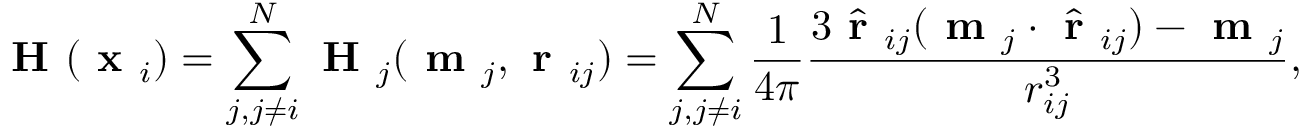
\begin{array} { r } { \textbf { H } ( \textbf { x } _ { i } ) = \displaystyle \sum _ { j , j \neq i } ^ { N } \textbf { H } _ { j } ( \textbf { m } _ { j } , \textbf { r } _ { i j } ) = \displaystyle \sum _ { j , j \neq i } ^ { N } \frac { 1 } { 4 \pi } \frac { 3 \hat { \textbf { r } } _ { i j } ( \textbf { m } _ { j } \cdot \hat { \textbf { r } } _ { i j } ) - \textbf { m } _ { j } } { r _ { i j } ^ { 3 } } , } \end{array}